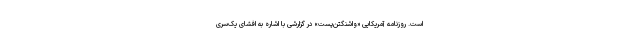
است. روزنامه آمریکایی «واشنگتن‌پست» در گزارشی با اشاره به افشای یک‌سری